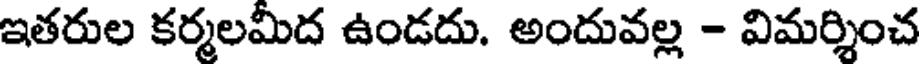
ఇతరుల కర్మలమీద ఉండదు. అందువల్ల - విమర్శించ